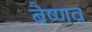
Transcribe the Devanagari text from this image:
बैष्णव